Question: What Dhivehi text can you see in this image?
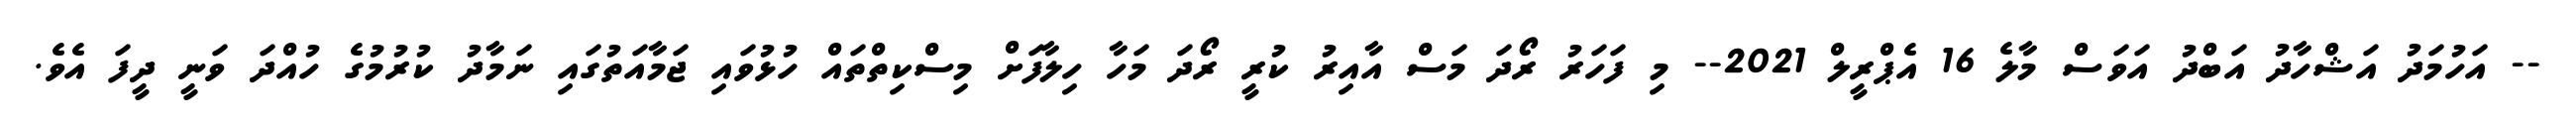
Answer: -- އަހުމަދު އަޝްހާދު އަބްދު އަވަސް މާލެ 16 އެޕްރީލް 2021-- މި ފަހަރު ރޯދަ މަސް އާއިރު ކުރީ ރޯދަ މަހާ ހިލާފަށް މިސްކިތްތައް ހުޅުވައި ޖަމާއަތުގައި ނަމާދު ކުރުމުގެ ހުއްދަ ވަނީ ދީފަ އެވެ.